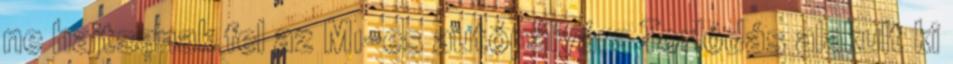
ne hajtsanak fel az M1-es autópályára Torlódás alakult ki